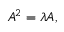
A ^ { 2 } = \lambda A ,